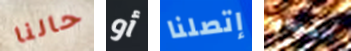
حالنا أو إتصلنا العصابه